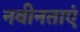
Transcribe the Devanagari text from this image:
नवीनताएं